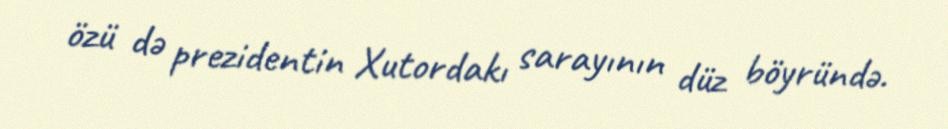
özü də prezidentin Xutordakı sarayının düz böyründə.